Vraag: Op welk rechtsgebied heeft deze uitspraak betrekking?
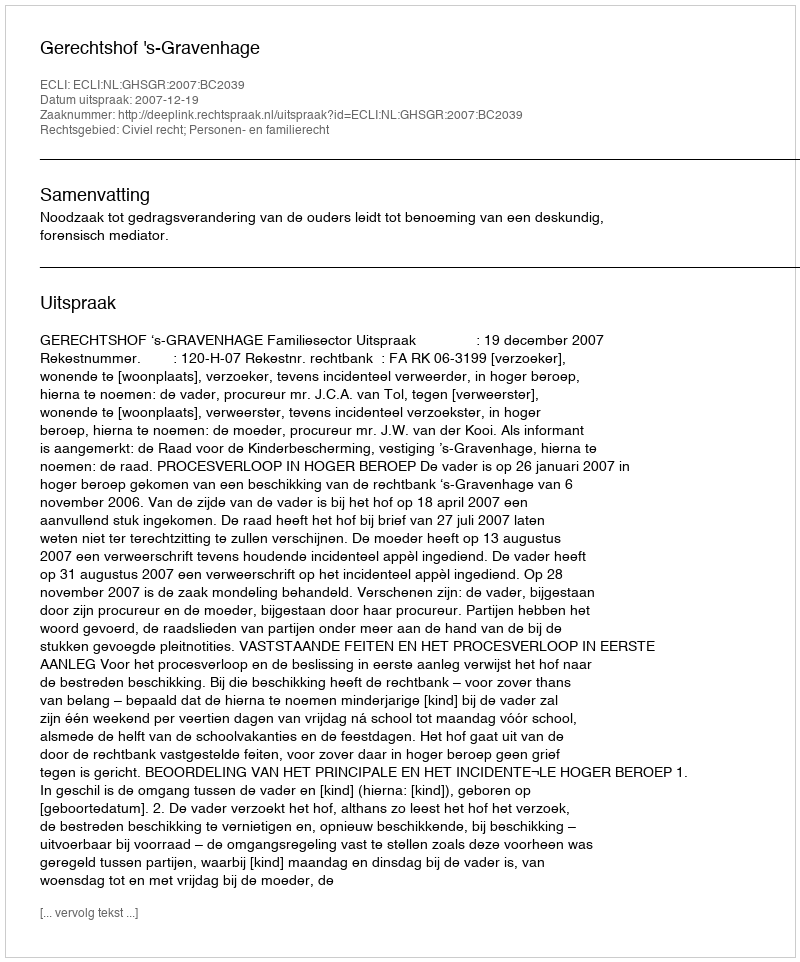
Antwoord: Civiel recht; Personen- en familierecht